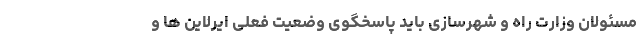
مسئولان وزارت راه و شهرسازی باید پاسخگوی وضعیت فعلی ایرلاین ها و